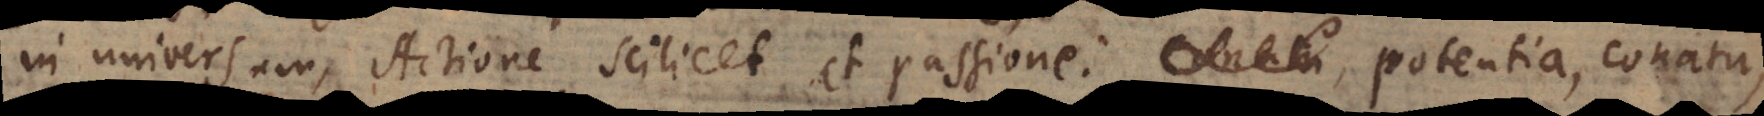
in universum, Actione scilicet et passione; potentia, conatu,